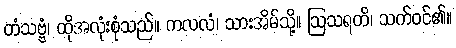
တံသဗ္ဗံ၊ ထိုအလုံးစုံသည်။ ကလလံ၊ သားအိမ်သို့။ ဩသရတိ၊ သက်ဝင်၏။